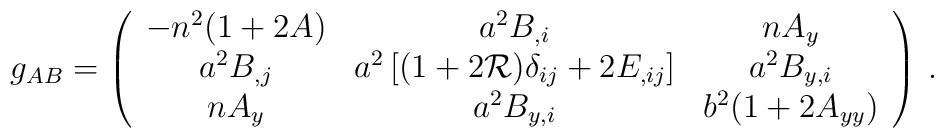
g_{AB}= \left(\begin{array}{ccc}-n^2(1+2A) & a^2 B_{,i} & nA_y \nonumber\\ a^2 B_{,j}  & a^2\left[ (1+2{\cal{R}})\delta_{ij} + 2E_{,ij} \right] & a^2 B_{y,i} \nonumber\\nA_y & a^2 B_{y,i} & b^2(1+2A_{yy}) \nonumber\end{array}\right) \, .